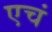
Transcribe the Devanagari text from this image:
एचं